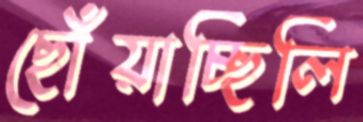
ছোঁয়াচ্ছিলি